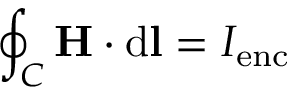
\oint _ { C } \mathbf { H } \cdot \mathrm { d } \mathbf { l } = I _ { \mathrm { e n c } }